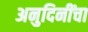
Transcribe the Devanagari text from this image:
अनुदिनींचा